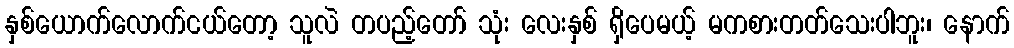
နှစ်ယောက်လောက်ငယ်တော့ သူလဲ တပည့်တော် သုံး လေးနှစ် ရှိပေမယ့် မကစားတတ်သေးပါဘူး၊ နောက်